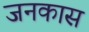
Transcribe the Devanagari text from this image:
जनकास